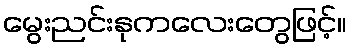
မွေးညင်းနုကလေးတွေဖြင့်။